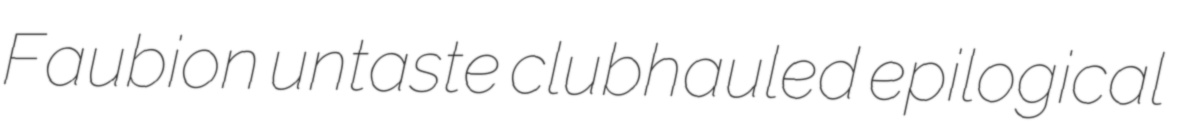
Faubion untaste clubhauled epilogical